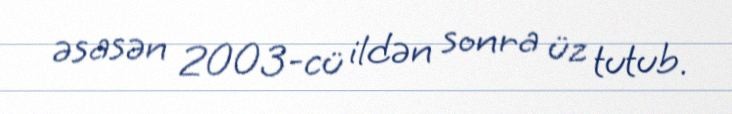
əsasən 2003-cü ildən sonra üz tutub.